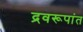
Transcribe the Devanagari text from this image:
द्रवरूपांत